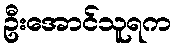
ဦးအောင်သူရက